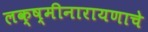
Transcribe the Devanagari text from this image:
लक्ष्मीनारायणाचे